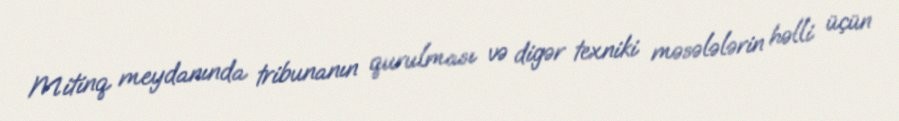
Mitinq meydanında tribunanın qurulması və digər texniki məsələlərin həlli üçün